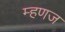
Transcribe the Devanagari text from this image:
म्हणज